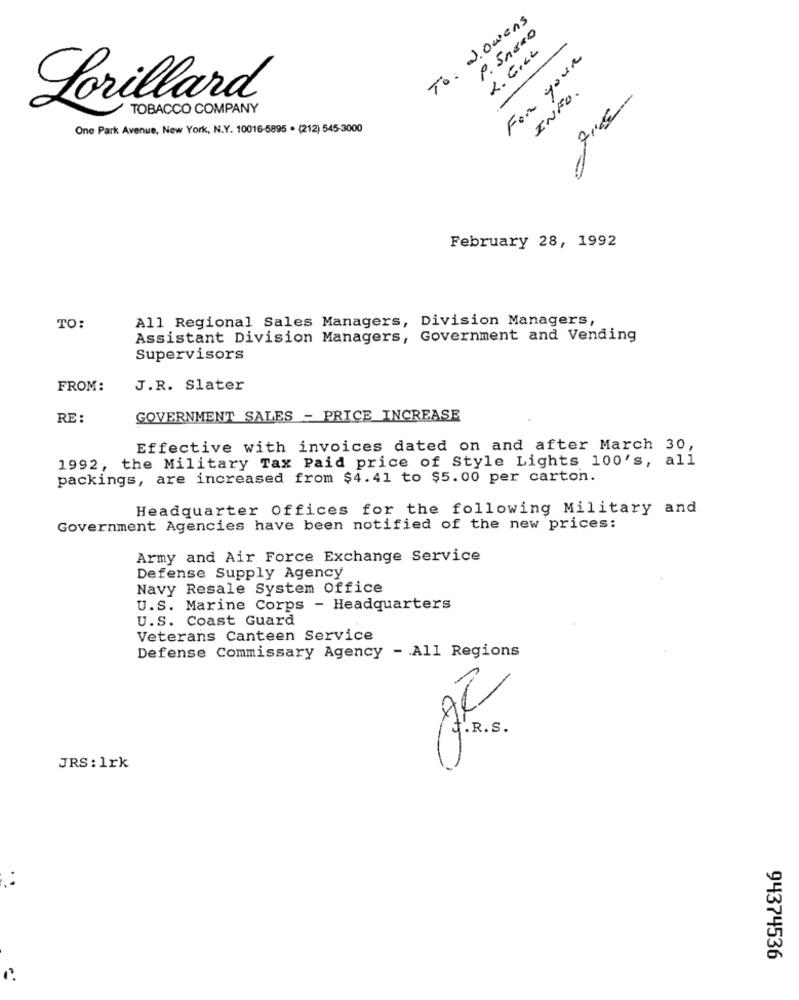
To: J.owens
P. Snano
For your
INFO.
Lorillard
TOBACCO COMPANY
One Park Avenue, New York, N.Y. 10016-5895 . (212) 545-3000
February 28, 1992
TO:
All Regional Sales Managers, Division Managers,
Assistant Division Managers, Government and Vending
Supervisors
FROM:
J.R. Slater
RE :
GOVERNMENT SALES - PRICE INCREASE
Effective with invoices dated on and after March 30,
1992, the Military Tax Paid price of Style Lights 100's, all
packings, are increased from $4.41 to $5.00 per carton.
Headquarter Offices for the following Military and
Government Agencies have been notified of the new prices:
Army and Air Force Exchange Service
Defense Supply Agency
Navy Resale System Office
U.S. Marine Corps - Headquarters
U.S. Coast Guard
Veterans Canteen Service
Defense Commissary Agency - All Regions
JRS: 1rk
94374536